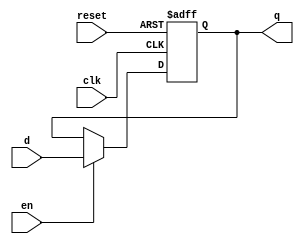
module regNbits
# ( parameter N = 4) 
(
    input wire clk,
    input wire reset,
    input wire en,
    input wire [N-1:0] d,
    output reg [N-1:0] q
);

always @(posedge clk, posedge reset) 
begin
    if(reset)
        q <= 0;
    else if(en)
        q <= d;
end

endmodule